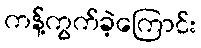
ကန့်ကွက်ခဲ့ကြောင်း